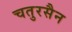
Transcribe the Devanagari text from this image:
चतुरसैन